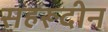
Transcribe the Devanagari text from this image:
सहरूदीन